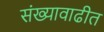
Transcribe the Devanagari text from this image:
संख्यावाढीत